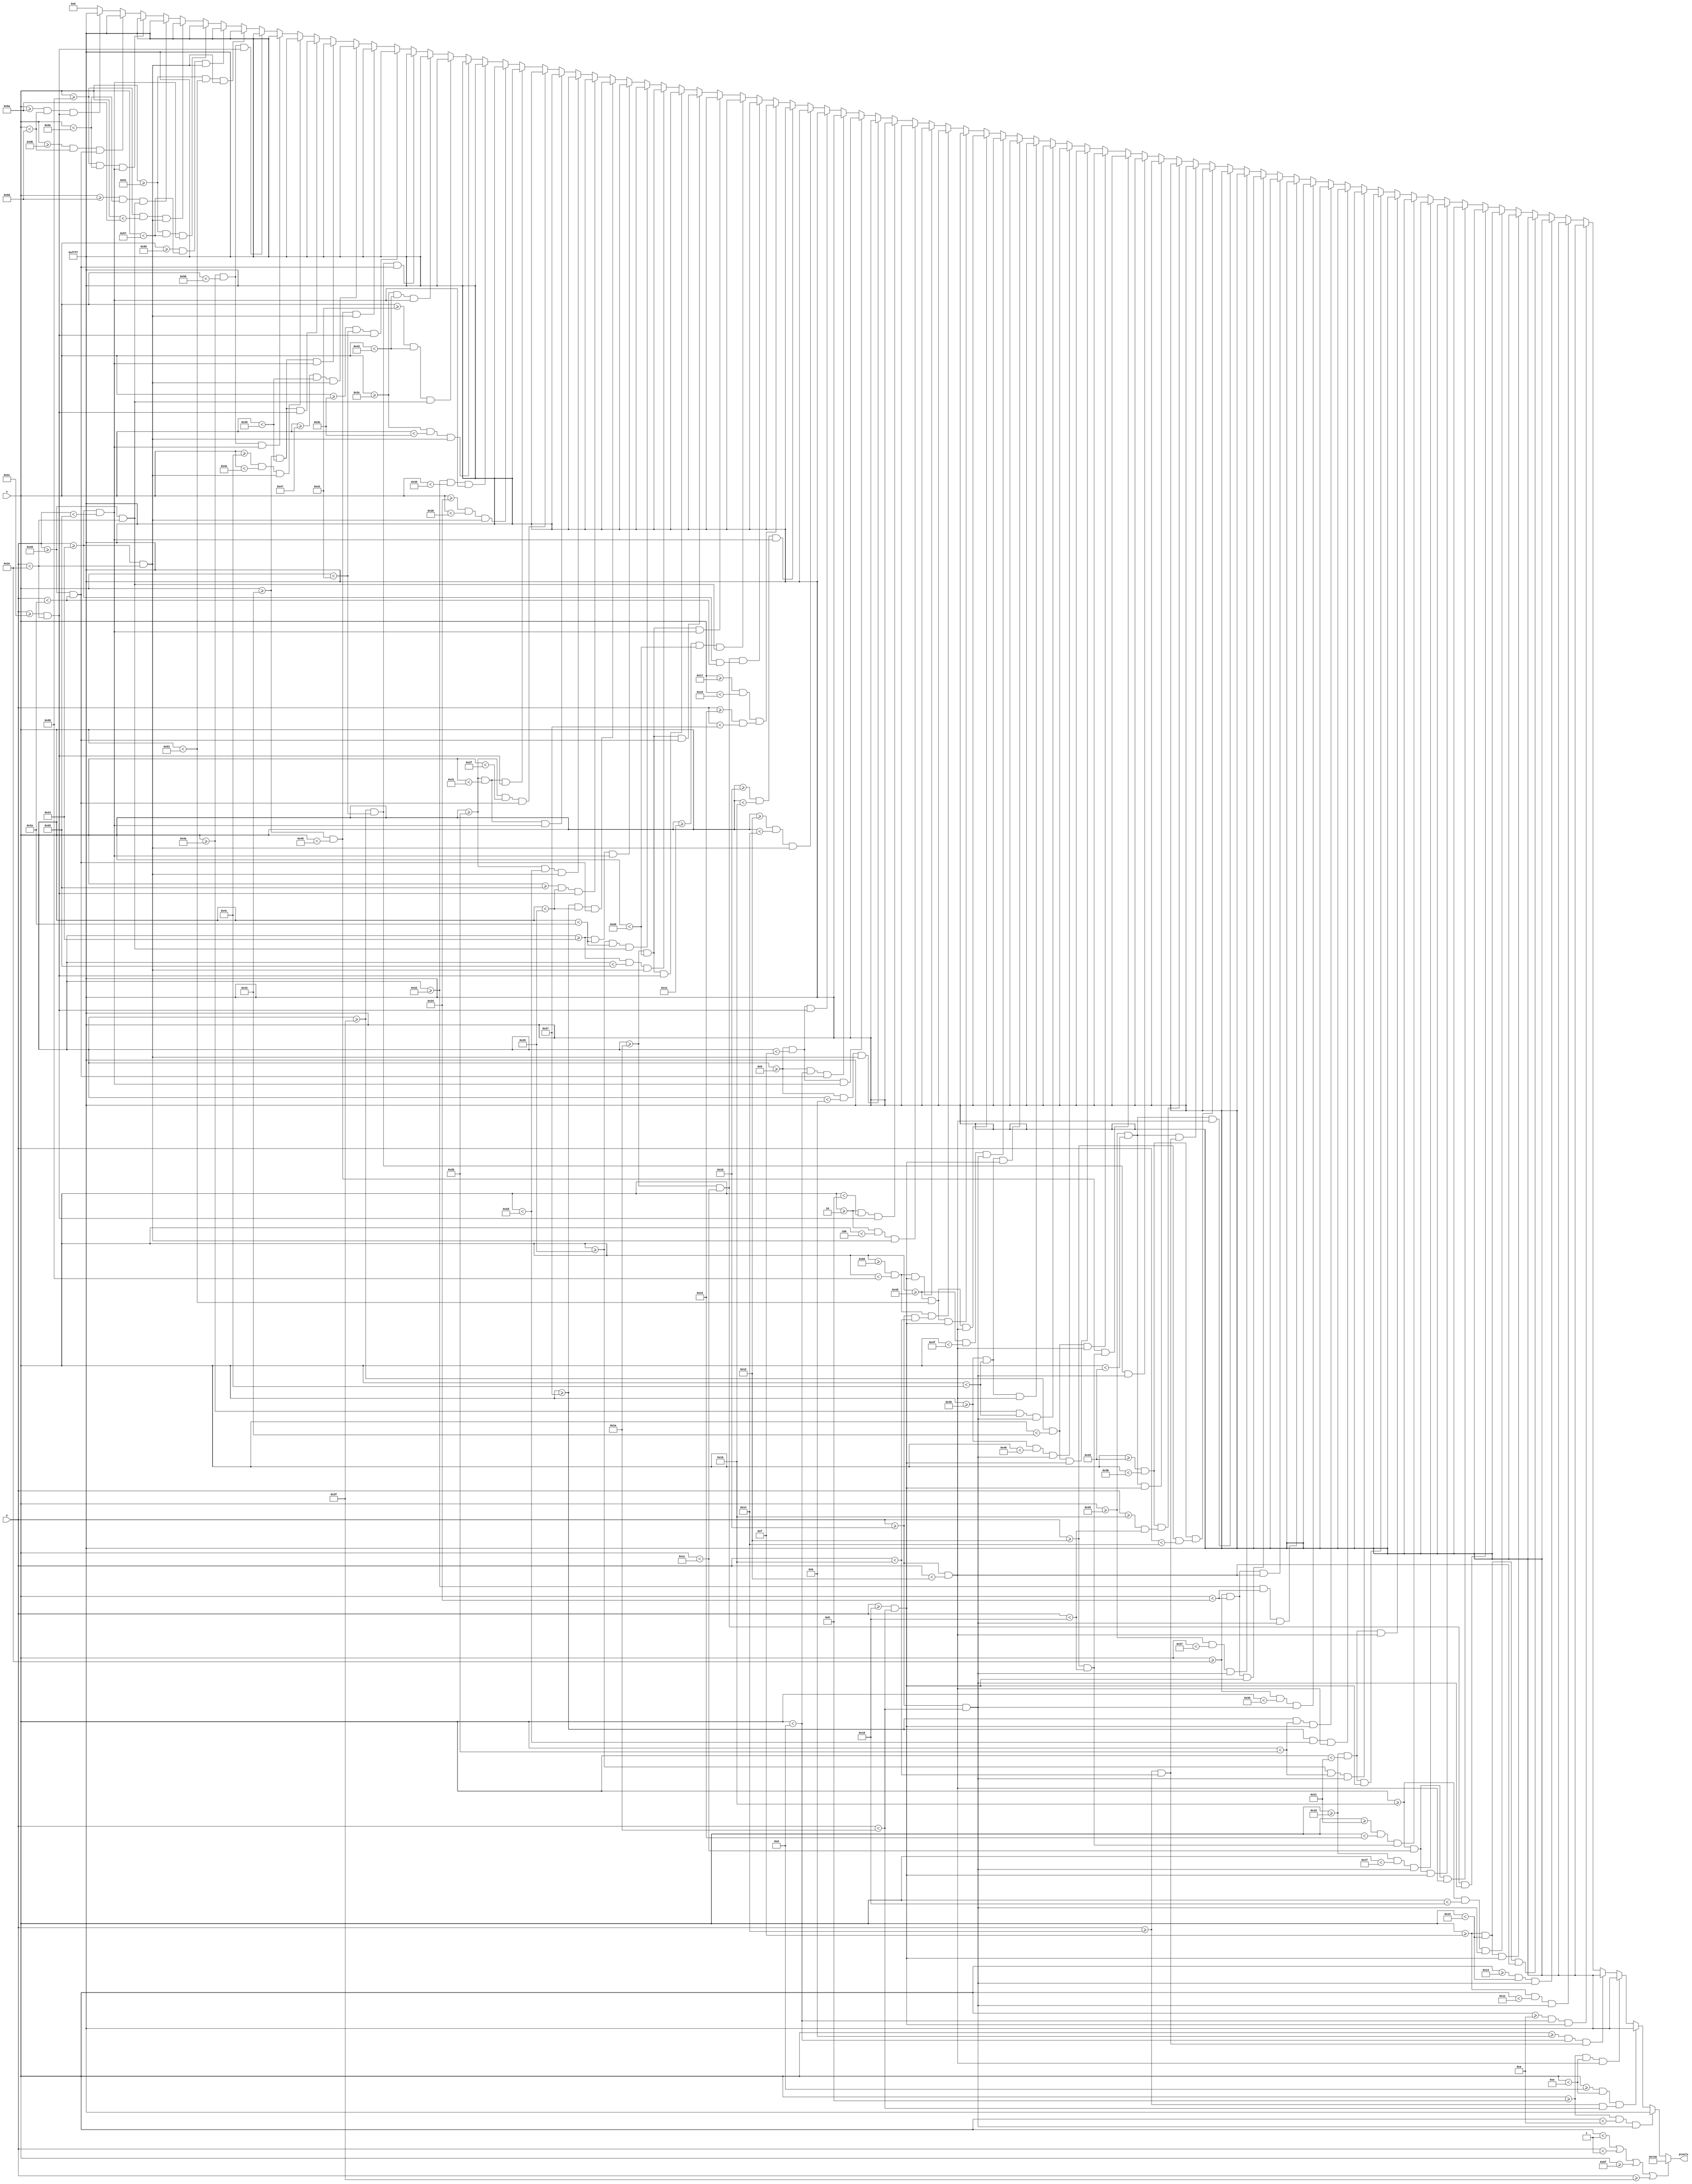
`timescale 1ns / 1ps
//////////////////////////////////////////////////////////////////////////////////
// Company: 
// Engineer: 
// 
// Design Name: 
// Module Name: victory
// Project Name: 
// Target Devices: 
// Tool Versions: 
// Description: 
// 
// Dependencies: 
// 
// Revision:
// Revision 0.01 - File Created
// Additional Comments:
// 
//////////////////////////////////////////////////////////////////////////////////


module victory(
    input [6:0] x,                
    input [5:0] y,
    output reg [15:0] pixels
    );
    
    always @ (*) begin
             if (x < 1 || y < 1 || x >= 95 || y >= 63)                 pixels = 16'h07E0;
        else if ((x >= 8 && x < 8+2)   && (y >= 16 && y < 16+10))      pixels = 16'hFFFF;
        else if ((x >= 8+5 && x < 8+6) && (y >= 16+4 && y < 16+10))    pixels = 16'hFFFF;
        else if ((x >= 8 && x < 8+6)   && (y >= 16 && y < 16+2))       pixels = 16'hFFFF;
        else if ((x >= 8+3 && x < 8+5) && (y >= 16+4 && y < 16+6))     pixels = 16'hFFFF;
        else if ((x >= 8+2 && x < 8+5) && (y >= 16+8 && y < 16+10))    pixels = 16'hFFFF;
        else if ((x >= 15 && x < 15+2)   && (y >= 16 && y < 16+10))    pixels = 16'hFFFF;
        else if ((x >= 15+4 && x < 15+6) && (y >= 16 && y < 16+10))    pixels = 16'hFFFF;
        else if ((x >= 15 && x < 15+6)   && (y >= 16 && y < 16+2))     pixels = 16'hFFFF;
        else if ((x >= 15 && x < 15+6)   && (y >= 16+8 && y < 16+10))  pixels = 16'hFFFF;
        else if ((x >= 22 && x < 22+2)   && (y >= 16 && y < 16+10))    pixels = 16'hFFFF;
        else if ((x >= 22+4 && x < 22+6) && (y >= 16 && y < 16+10))    pixels = 16'hFFFF;
        else if ((x >= 22 && x < 22+6)   && (y >= 16 && y < 16+2))     pixels = 16'hFFFF;
        else if ((x >= 22 && x < 22+6)   && (y >= 16+8 && y < 16+10))  pixels = 16'hFFFF;
        else if ((x >= 29 && x < 29+2)   && (y >= 16 && y < 16+10))    pixels = 16'hFFFF;
        else if ((x >= 29+4 && x < 29+6) && (y >= 16+2 && y < 16+8))   pixels = 16'hFFFF;
        else if ((x >= 29 && x < 29+4)   && (y >= 16 && y < 16+2))     pixels = 16'hFFFF;
        else if ((x >= 29 && x < 29+4)   && (y >= 16+8 && y < 16+10))  pixels = 16'hFFFF;
        else if ((x >= 39+2 && x < 39+4) && (y >= 16   && y < 16+10))  pixels = 16'hFFFF;
        else if ((x >= 39   && x < 39+6) && (y >= 16   && y < 16+2))   pixels = 16'hFFFF;
        else if ((x >= 39   && x < 39+4) && (y >= 16+8   && y < 16+10))pixels = 16'hFFFF;
        else if ((x >= 46 && x < 46+2)   && (y >= 16 && y < 16+10))    pixels = 16'hFFFF;
        else if ((x >= 46+4 && x < 46+6) && (y >= 16 && y < 16+10))    pixels = 16'hFFFF;
        else if ((x >= 46 && x < 46+6)   && (y >= 16 && y < 16+2))     pixels = 16'hFFFF;
        else if ((x >= 46 && x < 46+6)   && (y >= 16+8 && y < 16+10))  pixels = 16'hFFFF;
        else if ((x >= 53 && x < 53+2)   && (y >= 16 && y < 16+10))    pixels = 16'hFFFF;
        else if ((x >= 53 && x < 53+4)   && (y >= 16 && y < 16+2))     pixels = 16'hFFFF;
        else if ((x >= 53+4 && x < 53+6) && (y >= 16+2 && y < 16+4))   pixels = 16'hFFFF;
        else if ((x >= 53 && x < 53+4)   && (y >= 16+4 && y < 16+6))   pixels = 16'hFFFF;
        else if ((x >= 53+4 && x < 53+6) && (y >= 16+6 && y < 16+8))   pixels = 16'hFFFF;
        else if ((x >= 53 && x < 53+4)   && (y >= 16+8 && y < 16+10))  pixels = 16'hFFFF;
        else if ((x >= 63 && x < 63+2)   && (y >= 16 && y < 16+10))    pixels = 16'hFFFF;
        else if ((x >= 63+4 && x < 63+6) && (y >= 16+2 && y < 16+8))   pixels = 16'hFFFF;
        else if ((x >= 63 && x < 63+4)   && (y >= 16 && y < 16+2))     pixels = 16'hFFFF;
        else if ((x >= 63 && x < 63+4)   && (y >= 16+8 && y < 16+10))  pixels = 16'hFFFF;
        else if ((x >= 70 && x < 70+2)   && (y >= 16 && y < 16+10))    pixels = 16'hFFFF;
        else if ((x >= 70+4 && x < 70+6) && (y >= 16 && y < 16+10))    pixels = 16'hFFFF;
        else if ((x >= 70 && x < 70+6)   && (y >= 16 && y < 16+2))     pixels = 16'hFFFF;
        else if ((x >= 70 && x < 70+6)   && (y >= 16+8 && y < 16+10))  pixels = 16'hFFFF;
        else if ((x >= 77 && x < 77+2)   && (y >= 16 && y < 16+10))    pixels = 16'hFFFF;
        else if ((x >= 77 && x < 77+6)   && (y >= 16 && y < 16+2))     pixels = 16'hFFFF;
        else if ((x >= 77 && x < 77+6)   && (y >= 16+8 && y < 16+10))  pixels = 16'hFFFF;
        else if ((x >= 86 && x < 86+2) && (y >= 16   && y < 16+6))     pixels = 16'hFFFF;
        else if ((x >= 86 && x < 86+2) && (y >= 16+8 && y < 16+10))    pixels = 16'hFFFF;
        else if ((x >= 2 && x < 2+2)   && (y >= 36 && y < 36+10))      pixels = 16'hFFFF;
        else if ((x >= 2 && x < 2+6)   && (y >= 36+8 && y < 36+10))    pixels = 16'hFFFF;
        else if ((x >= 9 && x < 9+2)   && (y >= 36 && y < 36+10))      pixels = 16'hFFFF;
        else if ((x >= 9 && x < 9+6)   && (y >= 36 && y < 36+2))       pixels = 16'hFFFF;
        else if ((x >= 9 && x < 9+4)   && (y >= 36+4 && y < 36+6))     pixels = 16'hFFFF;
        else if ((x >= 9 && x < 9+6)   && (y >= 36+8 && y < 36+10))    pixels = 16'hFFFF;
        else if ((x >= 16+2 && x < 16+4) && (y >= 36 && y < 36+10))    pixels = 16'hFFFF;
        else if ((x >= 16 && x < 16+6)   && (y >= 36 && y < 36+2))     pixels = 16'hFFFF;
        else if ((x >= 23   && x < 23+2) && (y >= 35   && y < 35+4))   pixels = 16'hFFFF;
        else if ((x >= 26 && x < 26+2)   && (y >= 36 && y < 36+6))     pixels = 16'hFFFF;
        else if ((x >= 26+4 && x < 26+6) && (y >= 36+4 && y < 36+10))  pixels = 16'hFFFF;
        else if ((x >= 26 && x < 26+6)   && (y >= 36 && y < 36+2))     pixels = 16'hFFFF;
        else if ((x >= 26 && x < 26+6)   && (y >= 36+4 && y < 36+6))   pixels = 16'hFFFF;
        else if ((x >= 26 && x < 26+6)   && (y >= 36+8 && y < 36+10))  pixels = 16'hFFFF;
        else if ((x >= 36 && x < 36+2)   && (y >= 36 && y < 36+10))    pixels = 16'hFFFF;
        else if ((x >= 36+5 && x < 36+6) && (y >= 36+4 && y < 36+10))  pixels = 16'hFFFF;
        else if ((x >= 36 && x < 36+6)   && (y >= 36 && y < 36+2))     pixels = 16'hFFFF;
        else if ((x >= 36+3 && x < 36+5) && (y >= 36+4 && y < 36+6))   pixels = 16'hFFFF;
        else if ((x >= 36+2 && x < 36+5) && (y >= 36+8 && y < 36+10))  pixels = 16'hFFFF;
        else if ((x >= 43 && x < 43+2)   && (y >= 36 && y < 36+10))    pixels = 16'hFFFF;
        else if ((x >= 43 && x < 43+6)   && (y >= 36 && y < 36+2))     pixels = 16'hFFFF;
        else if ((x >= 43 && x < 43+4)   && (y >= 36+4 && y < 36+6))   pixels = 16'hFFFF;
        else if ((x >= 43 && x < 43+6)   && (y >= 36+8 && y < 36+10))  pixels = 16'hFFFF;
        else if ((x >= 50+2 && x < 50+4) && (y >= 36 && y < 36+10))    pixels = 16'hFFFF;
        else if ((x >= 50 && x < 50+6)   && (y >= 36 && y < 36+2))     pixels = 16'hFFFF;
        else if ((x >= 60 && x < 60+2)   && (y >= 36 && y < 36+10))    pixels = 16'hFFFF;
        else if ((x >= 60+5 && x < 60+6) && (y >= 36+4 && y < 36+10))  pixels = 16'hFFFF;
        else if ((x >= 60 && x < 60+6)   && (y >= 36 && y < 36+2))     pixels = 16'hFFFF;
        else if ((x >= 60+3 && x < 60+5) && (y >= 36+4 && y < 36+6))   pixels = 16'hFFFF;
        else if ((x >= 60+2 && x < 60+5) && (y >= 36+8 && y < 36+10))  pixels = 16'hFFFF;
        else if ((x >= 67 && x < 67+2)   && (y >= 36 && y < 36+10))    pixels = 16'hFFFF;
        else if ((x >= 67+4 && x < 67+6) && (y >= 36 && y < 36+10))    pixels = 16'hFFFF;
        else if ((x >= 67 && x < 67+6)   && (y >= 36 && y < 36+2))     pixels = 16'hFFFF;
        else if ((x >= 67 && x < 67+6)   && (y >= 36+8 && y < 36+10))  pixels = 16'hFFFF;
        else if ((x >= 74+2 && x < 74+4) && (y >= 36 && y < 36+10))    pixels = 16'hFFFF;
        else if ((x >= 74 && x < 74+6)   && (y >= 36 && y < 36+2))     pixels = 16'hFFFF;
        else if ((x >= 74 && x < 74+6)   && (y >= 36+8 && y < 36+10))  pixels = 16'hFFFF;
        else if ((x >= 81 && x < 81+2)   && (y >= 36 && y < 36+10))    pixels = 16'hFFFF;
        else if ((x >= 81+4 && x < 81+6) && (y >= 36 && y < 36+10))    pixels = 16'hFFFF;
        else if ((x >= 81 && x < 81+6)   && (y >= 36 && y < 36+2))     pixels = 16'hFFFF;
        else if ((x >= 88 && x < 88+2)   && (y >= 36 && y < 36+10))    pixels = 16'hFFFF;
        else if ((x >= 88+5 && x < 88+6) && (y >= 36+4 && y < 36+10))  pixels = 16'hFFFF;
        else if ((x >= 88 && x < 88+6)   && (y >= 36 && y < 36+2))     pixels = 16'hFFFF;
        else if ((x >= 88+3 && x < 88+5) && (y >= 36+4 && y < 36+6))   pixels = 16'hFFFF;
        else if ((x >= 88+2 && x < 88+5) && (y >= 36+8 && y < 36+10))  pixels = 16'hFFFF;
        else pixels = 16'h0000;
    end
    
endmodule